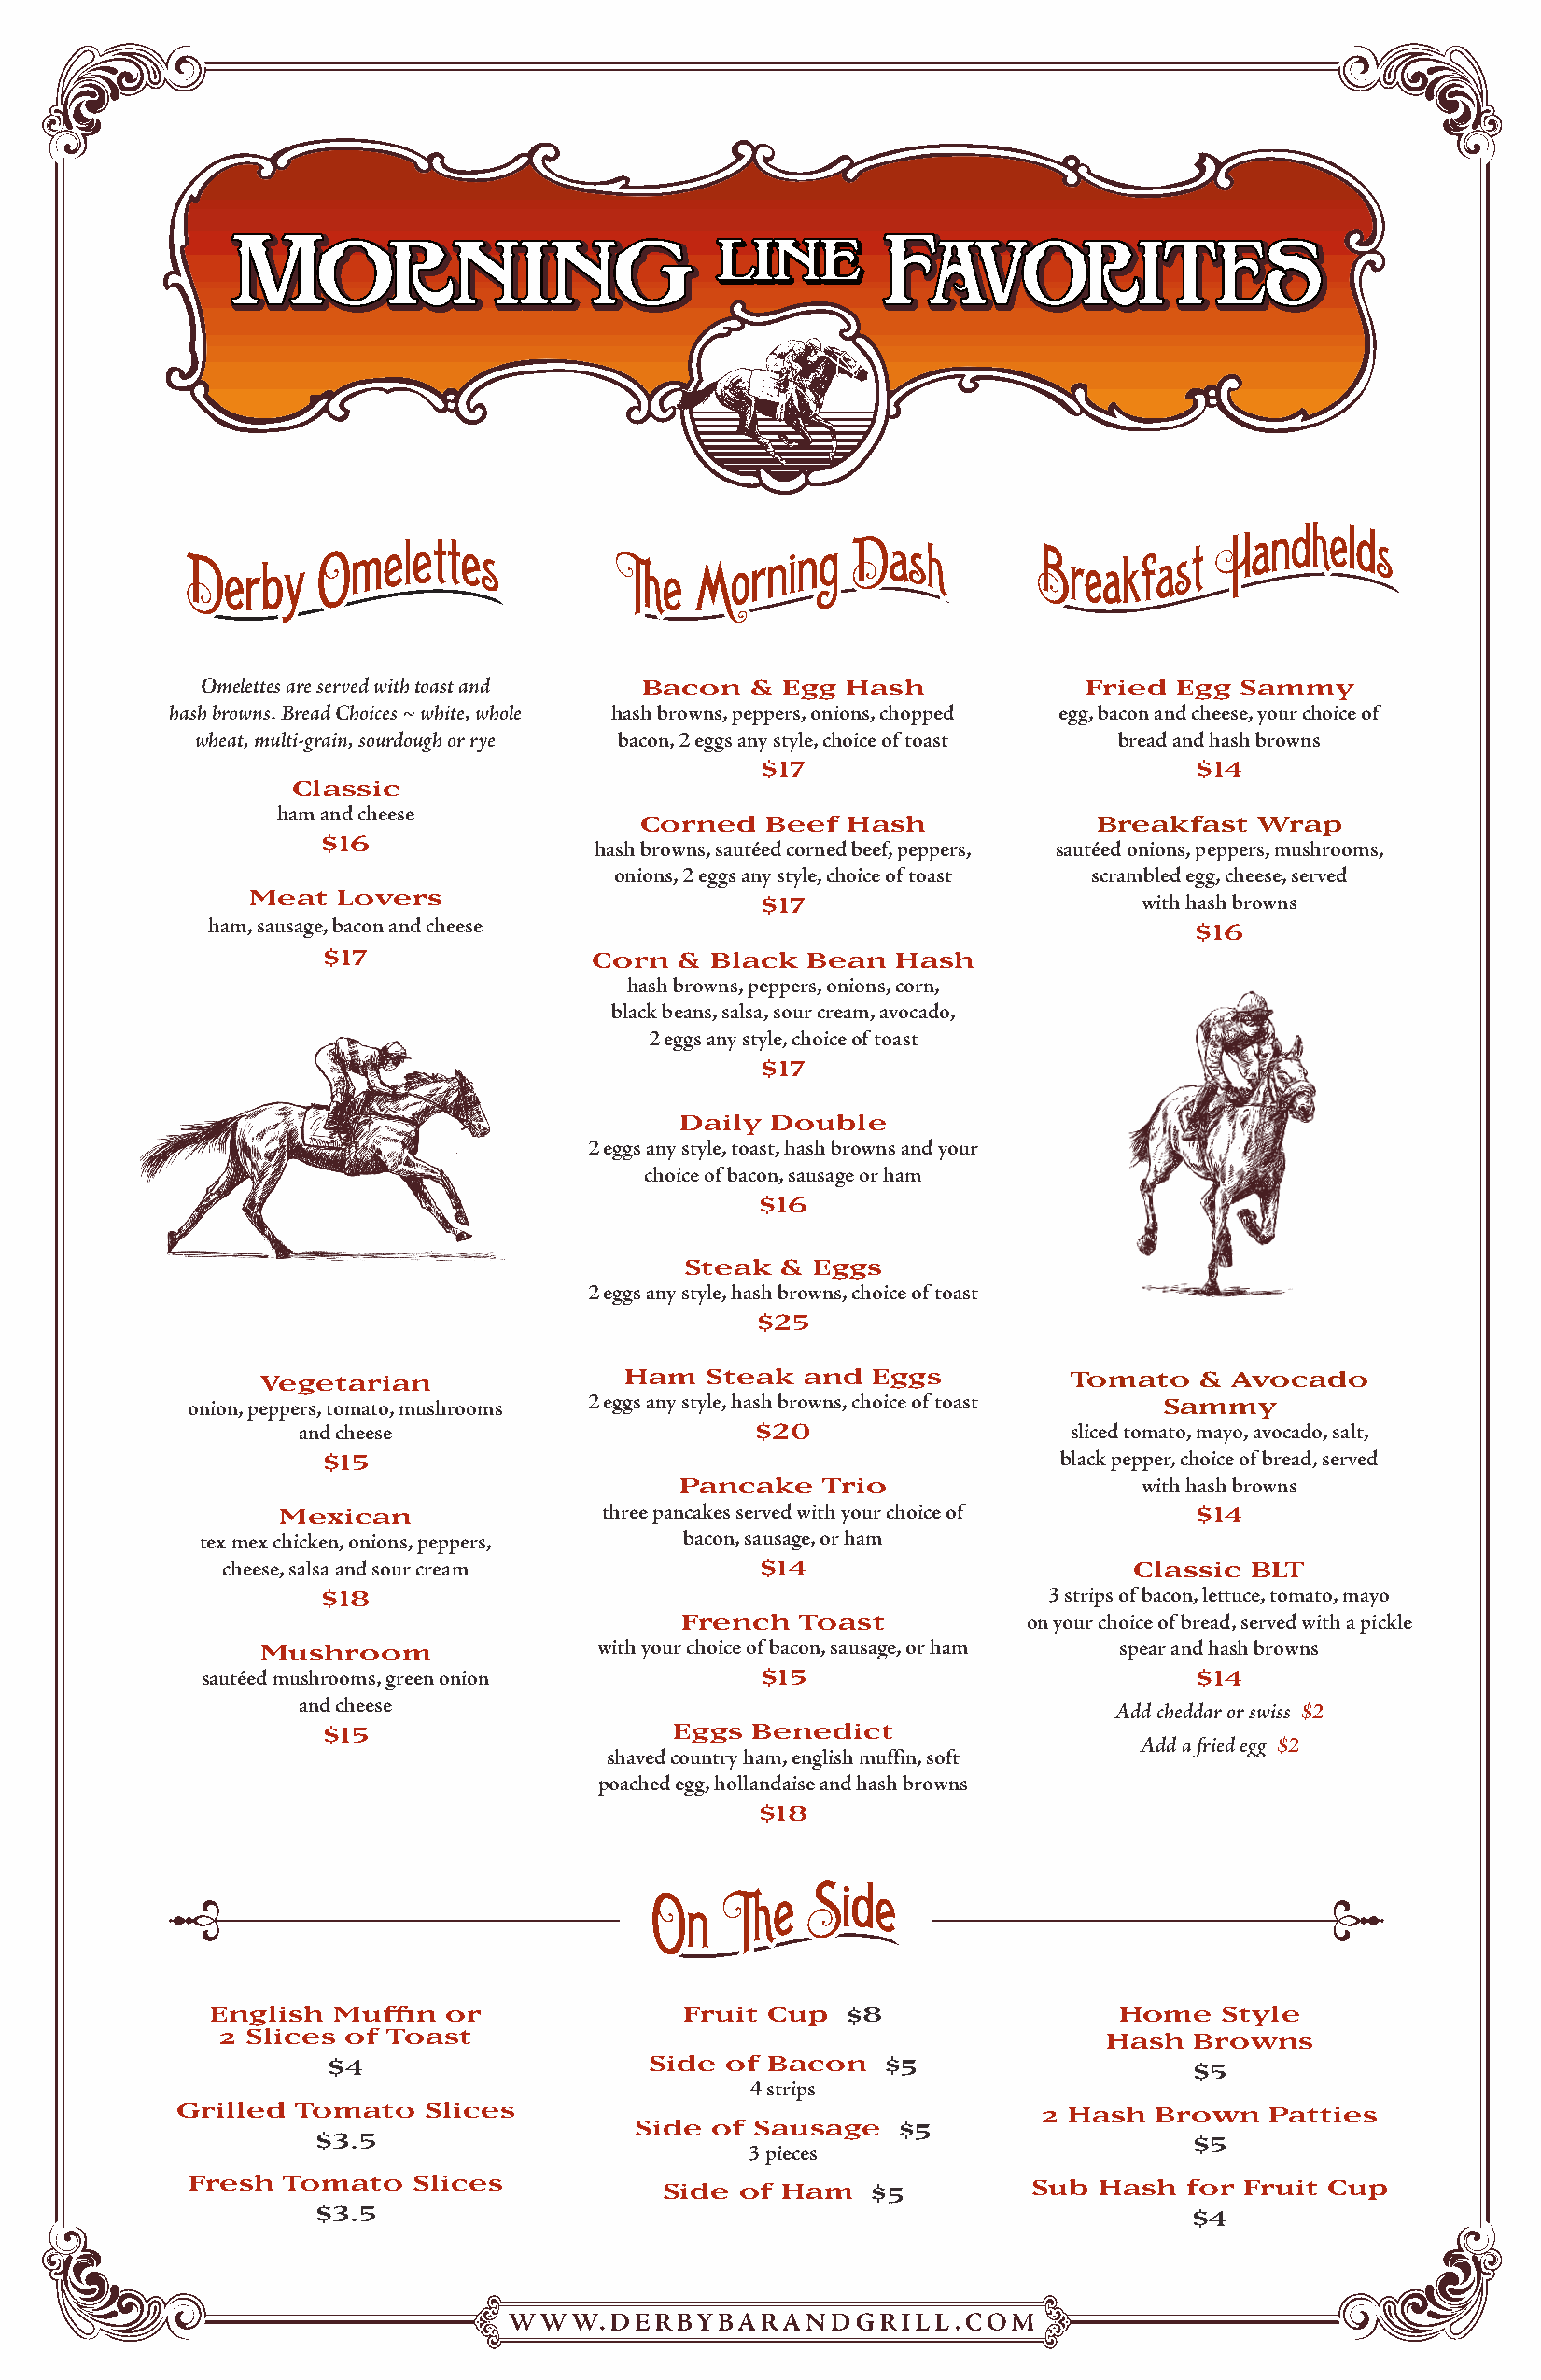
Omelettes are served with toast and Bacon & Egg Hash           Fried Egg  Sammy
 hash browns. Bread Choices ~ white, whole hash browns, peppers, onions, chopped egg, bacon and cheese, your choice of
 wheat, multi-grain, sourdough or rye bacon, 2 eggs any style, choice of toast bread and hash browns
 $17                            $14
 Classic
 ham and cheese
 Corned   Beef  Hash              Breakfast  Wrap
 $16
 hash browns, sautéed corned beef, peppers, sautéed onions, peppers, mushrooms,
 onions, 2 eggs any style, choice of toast scrambled egg, cheese, served
 Meat  Lovers                        $17                        with hash browns
 ham, sausage, bacon and cheese
 $16
 $17                Corn  & Black  Bean  Hash
 hash browns, peppers, onions, corn,
 black beans, salsa, sour cream, avocado,
 2 eggs any style, choice of toast
 $17
 Daily  Double
 2 eggs any style, toast, hash browns and your
 choice of bacon, sausage or ham
 $16
 Steak  &  Eggs
 2 eggs any style, hash browns, choice of toast
 $25
 Vegetarian                Ham   Steak  and  Eggs          Tomato   & Avocado
 onion, peppers, tomato, mushrooms 2 eggs any style, hash browns, choice of toast Sammy
 and cheese                       $20                   sliced tomato, mayo, avocado, salt,
 $15                                                 black pepper, choice of bread, served
 Pancake   Trio                   with hash browns
 Mexican                three pancakes served with your choice of $14
 tex mex chicken, onions, peppers, bacon, sausage, or ham
 cheese, salsa and sour cream          $14                       Classic  BLT
 $18                                                3 strips of bacon, lettuce, tomato, mayo
 French   Toast           on your choice of bread, served with a pickle
 Mushroom                with your choice of bacon, sausage, or ham spear and hash browns
 sautéed mushrooms, green onion          $15                            $14
 and cheese
 Add cheddar or swiss $2
 $15                      Eggs Benedict
 Add a fried egg $2
 shaved country ham, english muffin, soft
 poached egg, hollandaise and hash browns
 $18
 English  Muffin  or              Fruit Cup   $8                 Home    Style
 2 Slices of Toast                                             Hash   Browns
 $4                     Side of Bacon    $5                    $5
 4 strips
 Grilled Tomato   Slices                                      2 Hash  Brown   Patties
 Side of Sausage    $5
 $3.5                                                           $5
 3 pieces
 Fresh  Tomato   Slices            Side of Ham    $5         Sub  Hash  for Fruit Cup
 $3.5                                                          $4